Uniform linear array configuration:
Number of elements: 64
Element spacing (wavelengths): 0.25
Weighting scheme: binomial
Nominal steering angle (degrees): -60
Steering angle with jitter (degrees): -61.9
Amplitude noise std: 0.05
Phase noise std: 0.05

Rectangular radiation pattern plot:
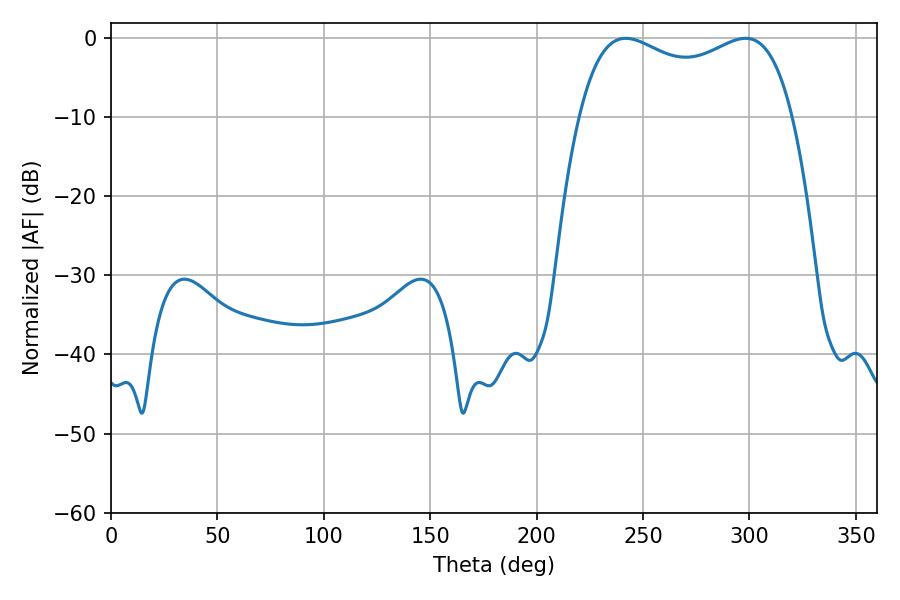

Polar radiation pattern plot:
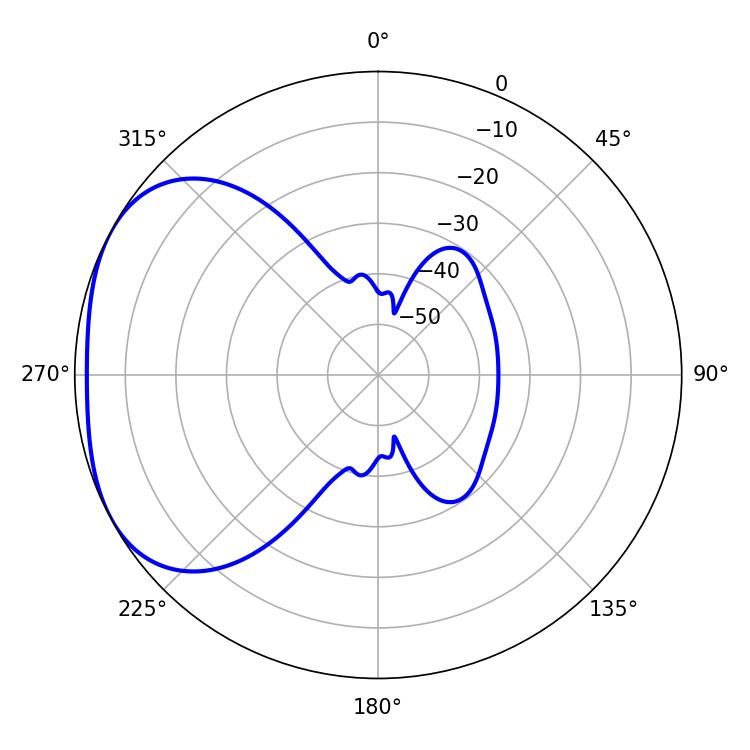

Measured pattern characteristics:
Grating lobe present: FALSE
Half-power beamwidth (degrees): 82.8
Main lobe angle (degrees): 241.92